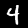
Digit: 4